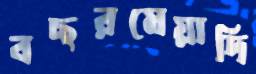
বছরমেয়াদি